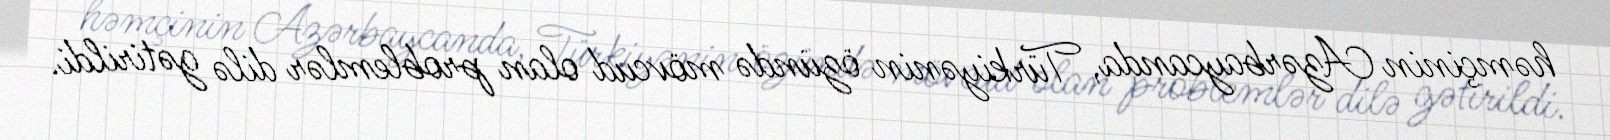
həmçinin Azərbaycanda, Türkiyənin özündə mövcud olan problemlər dilə gətirildi.